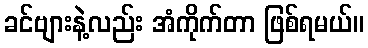
ခင်ဗျားနဲ့လည်း အံကိုက်တာ ဖြစ်ရမယ်။